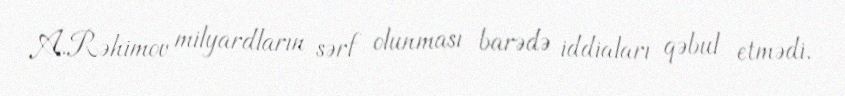
A.Rəhimov milyardların sərf olunması barədə iddiaları qəbul etmədi.